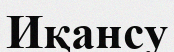
Иқансу